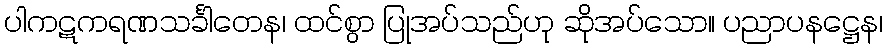
ပါကဋကရဏသင်္ခါတေန၊ ထင်စွာ ပြုအပ်သည်ဟု ဆိုအပ်သော။ ပညာပနဋ္ဌေန၊